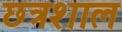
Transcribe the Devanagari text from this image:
छत्रशाल